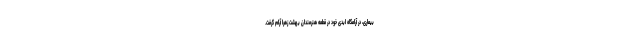
بیماری، در آرامگاه ابدی خود در قطعه هنرمندان بهشت زهرا آرام گرفت.